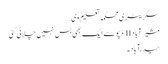
سکریٹری محکمہ تعلیم وی …
مشیرآباد II ڈپو سے ایک بھی بس نہیں چلائی گئی
حیدرآباد۔